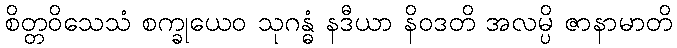
စိတ္တဝိသေသံ စက္ခုယေဝ သုဂန္ဓံ နဒီယာ နိဝဒတိ အလမ္ပိ ဇာနာမာတိ